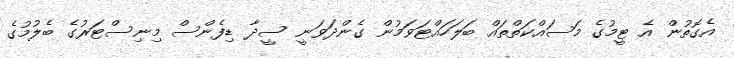
އެގޮތުން އެ ޓީމުގެ މަސައްކަތްތައް ބަލަހައްޓަވަމުން ގެންދަވަނީ ސީދާ ޑިފެންސް މިނިސްޓަރުގެ ބެލުމުގެ